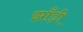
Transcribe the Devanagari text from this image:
झाँड़ी